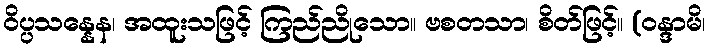
ဝိပ္ပသန္နေန၊ အထူးသဖြင့် ကြည်ညိုသော။ ဗစတသာ၊ စိတ်ဖြင့်။ (ဝန္ဒာမိ၊